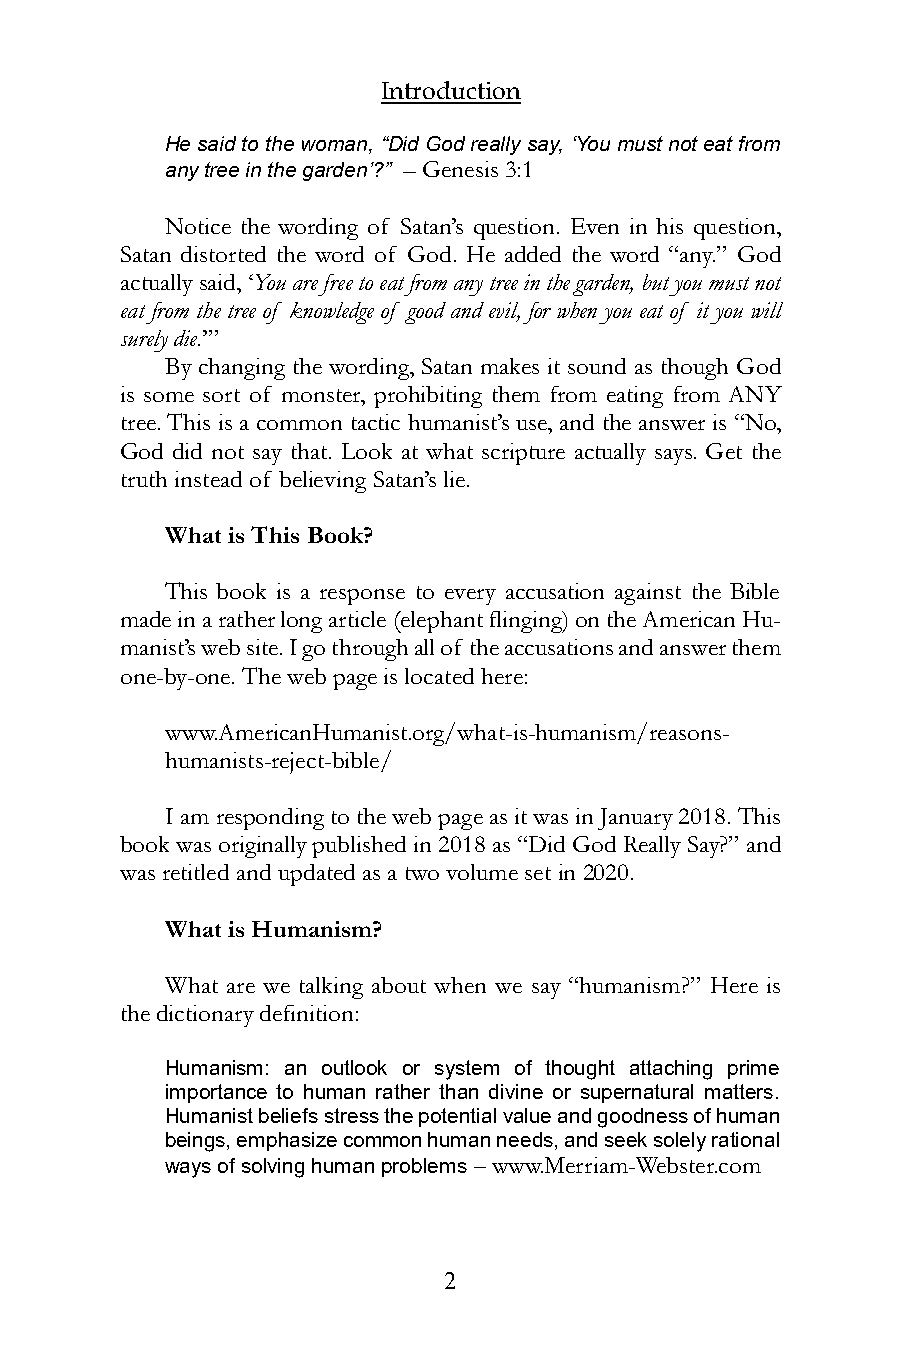
Introduction
 He said to the woman, “Did God really say, ‘You must not eat from
 any tree in the garden’?” – Genesis 3:1
 Notice the wording of Satan’s question. Even in his question,
 Satan distorted the word of God. He added the word “any.” God
 actually said, ‘You are free to eat from any tree in the garden, but you must not
 eat from the tree of knowledge of good and evil, for when you eat of it you will
 surely die.’”
 By changing the wording, Satan makes it sound as though God
 is some sort of monster, prohibiting them from eating from ANY
 tree. This is a common tactic humanist’s use, and the answer is “No,
 God did not say that. Look at what scripture actually says. Get the
 truth instead of believing Satan’s lie.
 What is This Book?
 This book is a response to every accusation against the Bible
 made in a rather long article (elephant flinging) on the American Hu-
 manist’s web site. I go through all of the accusations and answer them
 one-by-one. The web page is located here:
 www.AmericanHumanist.org/what-is-humanism/reasons-
 humanists-reject-bible/
 I am responding to the web page as it was in January 2018. This
 book was originally published in 2018 as “Did God Really Say?” and
 was retitled and updated as a two volume set in 2020.
 What is Humanism?
 What are we talking about when we say “humanism?” Here is
 the dictionary definition:
 Humanism: an outlook or system of thought attaching prime
 importance to human rather than divine or supernatural matters.
 Humanist beliefs stress the potential value and goodness of human
 beings, emphasize common human needs, and seek solely rational
 ways of solving human problems – www.Merriam-Webster.com
 2